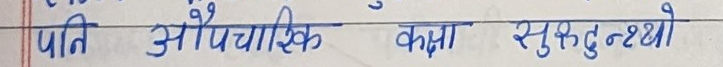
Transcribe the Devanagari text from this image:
पति औपचारिक कक्षा सुरुहुन्दथ्यो